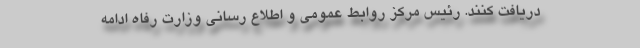
دریافت کنند. رئیس مرکز روابط عمومی و اطلاع رسانی وزارت رفاه ادامه